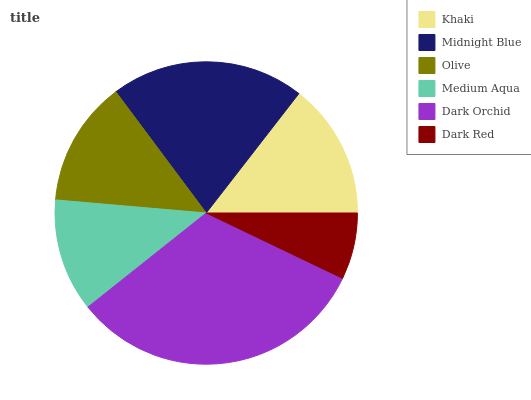
| Khaki | Midnight Blue | Olive | Medium Aqua | Dark Orchid | Dark Red |
 | --- | --- | --- | --- | --- | --- |
 | 14.5% | 20.7% | 13.4% | 12.1% | 32.2% | 7.12% |